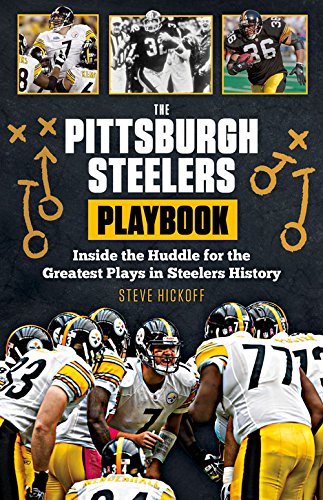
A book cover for The Pittsburgh Steelers Playbook: Inside the Huddle for the Greatest Plays in Steelers History; Steve Hickoff; Travel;